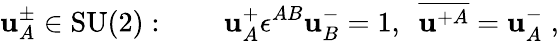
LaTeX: \mathbf{u}_{A}^{\pm}\in\mathrm{{SU(2)}}:\qquad\mathbf{u}_{A}^{+}\epsilon^{AB}\mathbf{u}_{B}^{-}=1,\ \ \overline{{{{\mathbf{u}^{+A}}}}}=\mathbf{u}_{A}^{-}\; ,